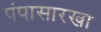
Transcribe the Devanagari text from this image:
पंपासारखा